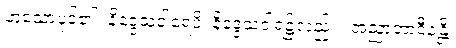
ဟူသောပုဒ်၏။ နိဒ္ဒေသဝါရေပိ၊ နိဒ္ဒေသဝါရ၌လည်း။ အညာတာဝီနန္တိ၊